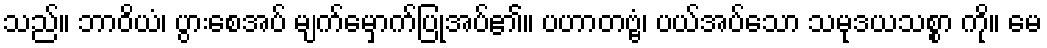
သည်။ ဘာဝိယံ၊ ပွားစေအပ် မျက်မှောက်ပြုအပ်၏။ ပဟာတဗ္ဗံ၊ ပယ်အပ်သော သမုဒယသစ္စာ ကို။ မေ